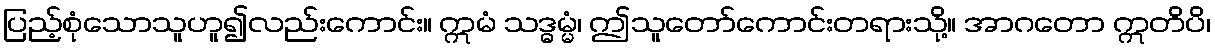
ပြည့်စုံသောသူဟူ၍လည်းကောင်း။ ဣမံ သဒ္ဓမ္မံ၊ ဤသူတော်ကောင်းတရားသို့။ အာဂတော ဣတိပိ၊